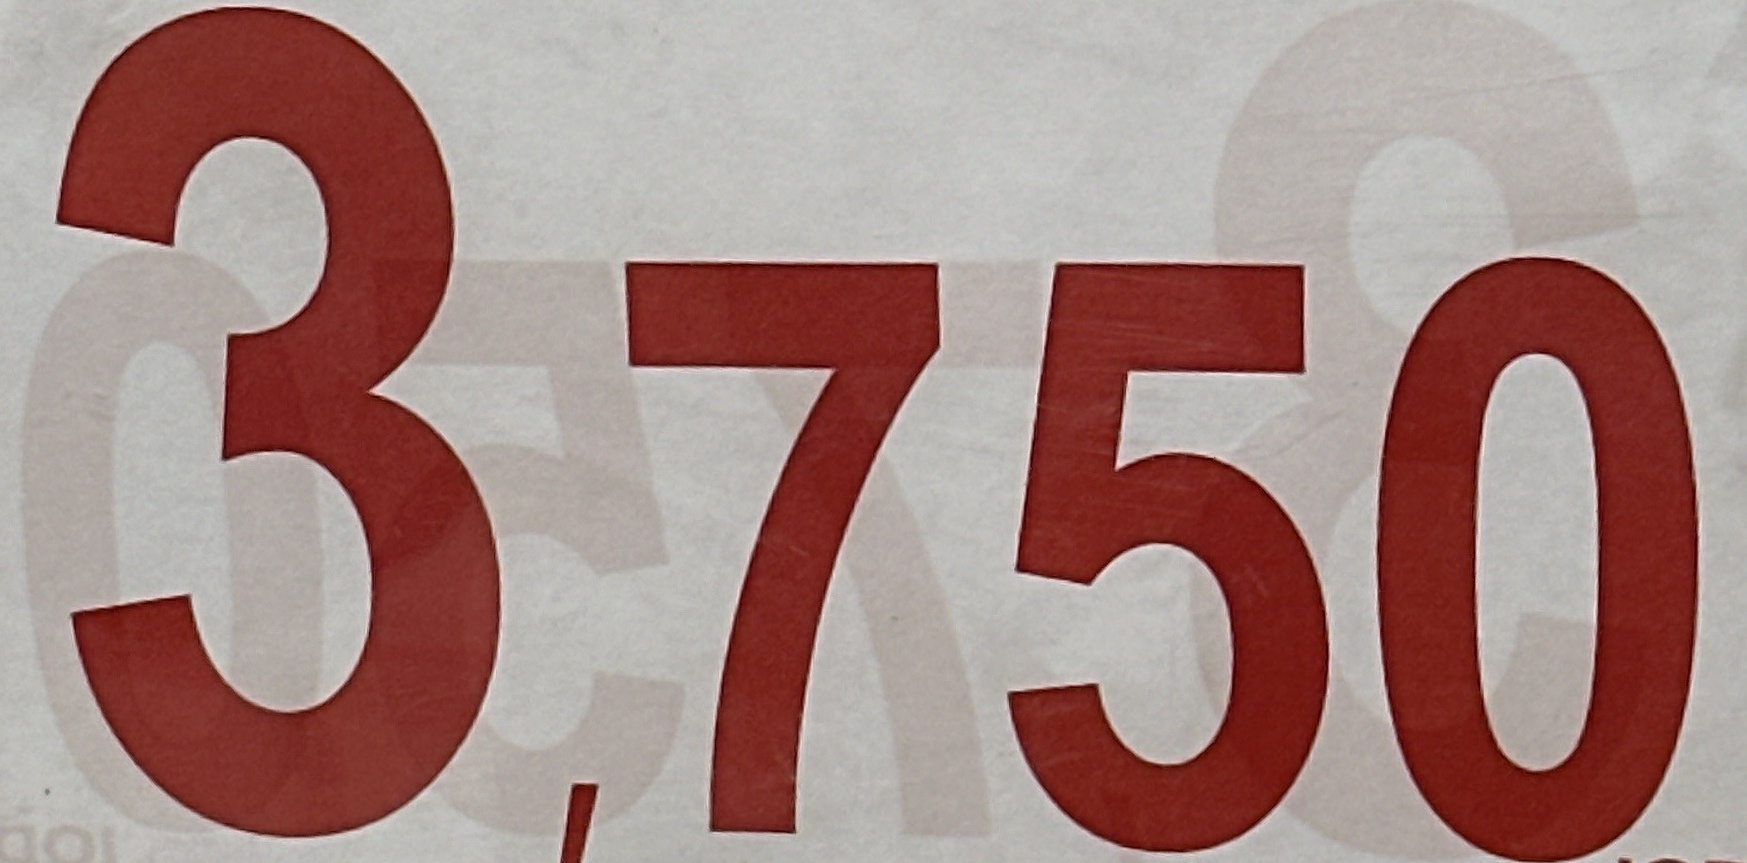
3.750